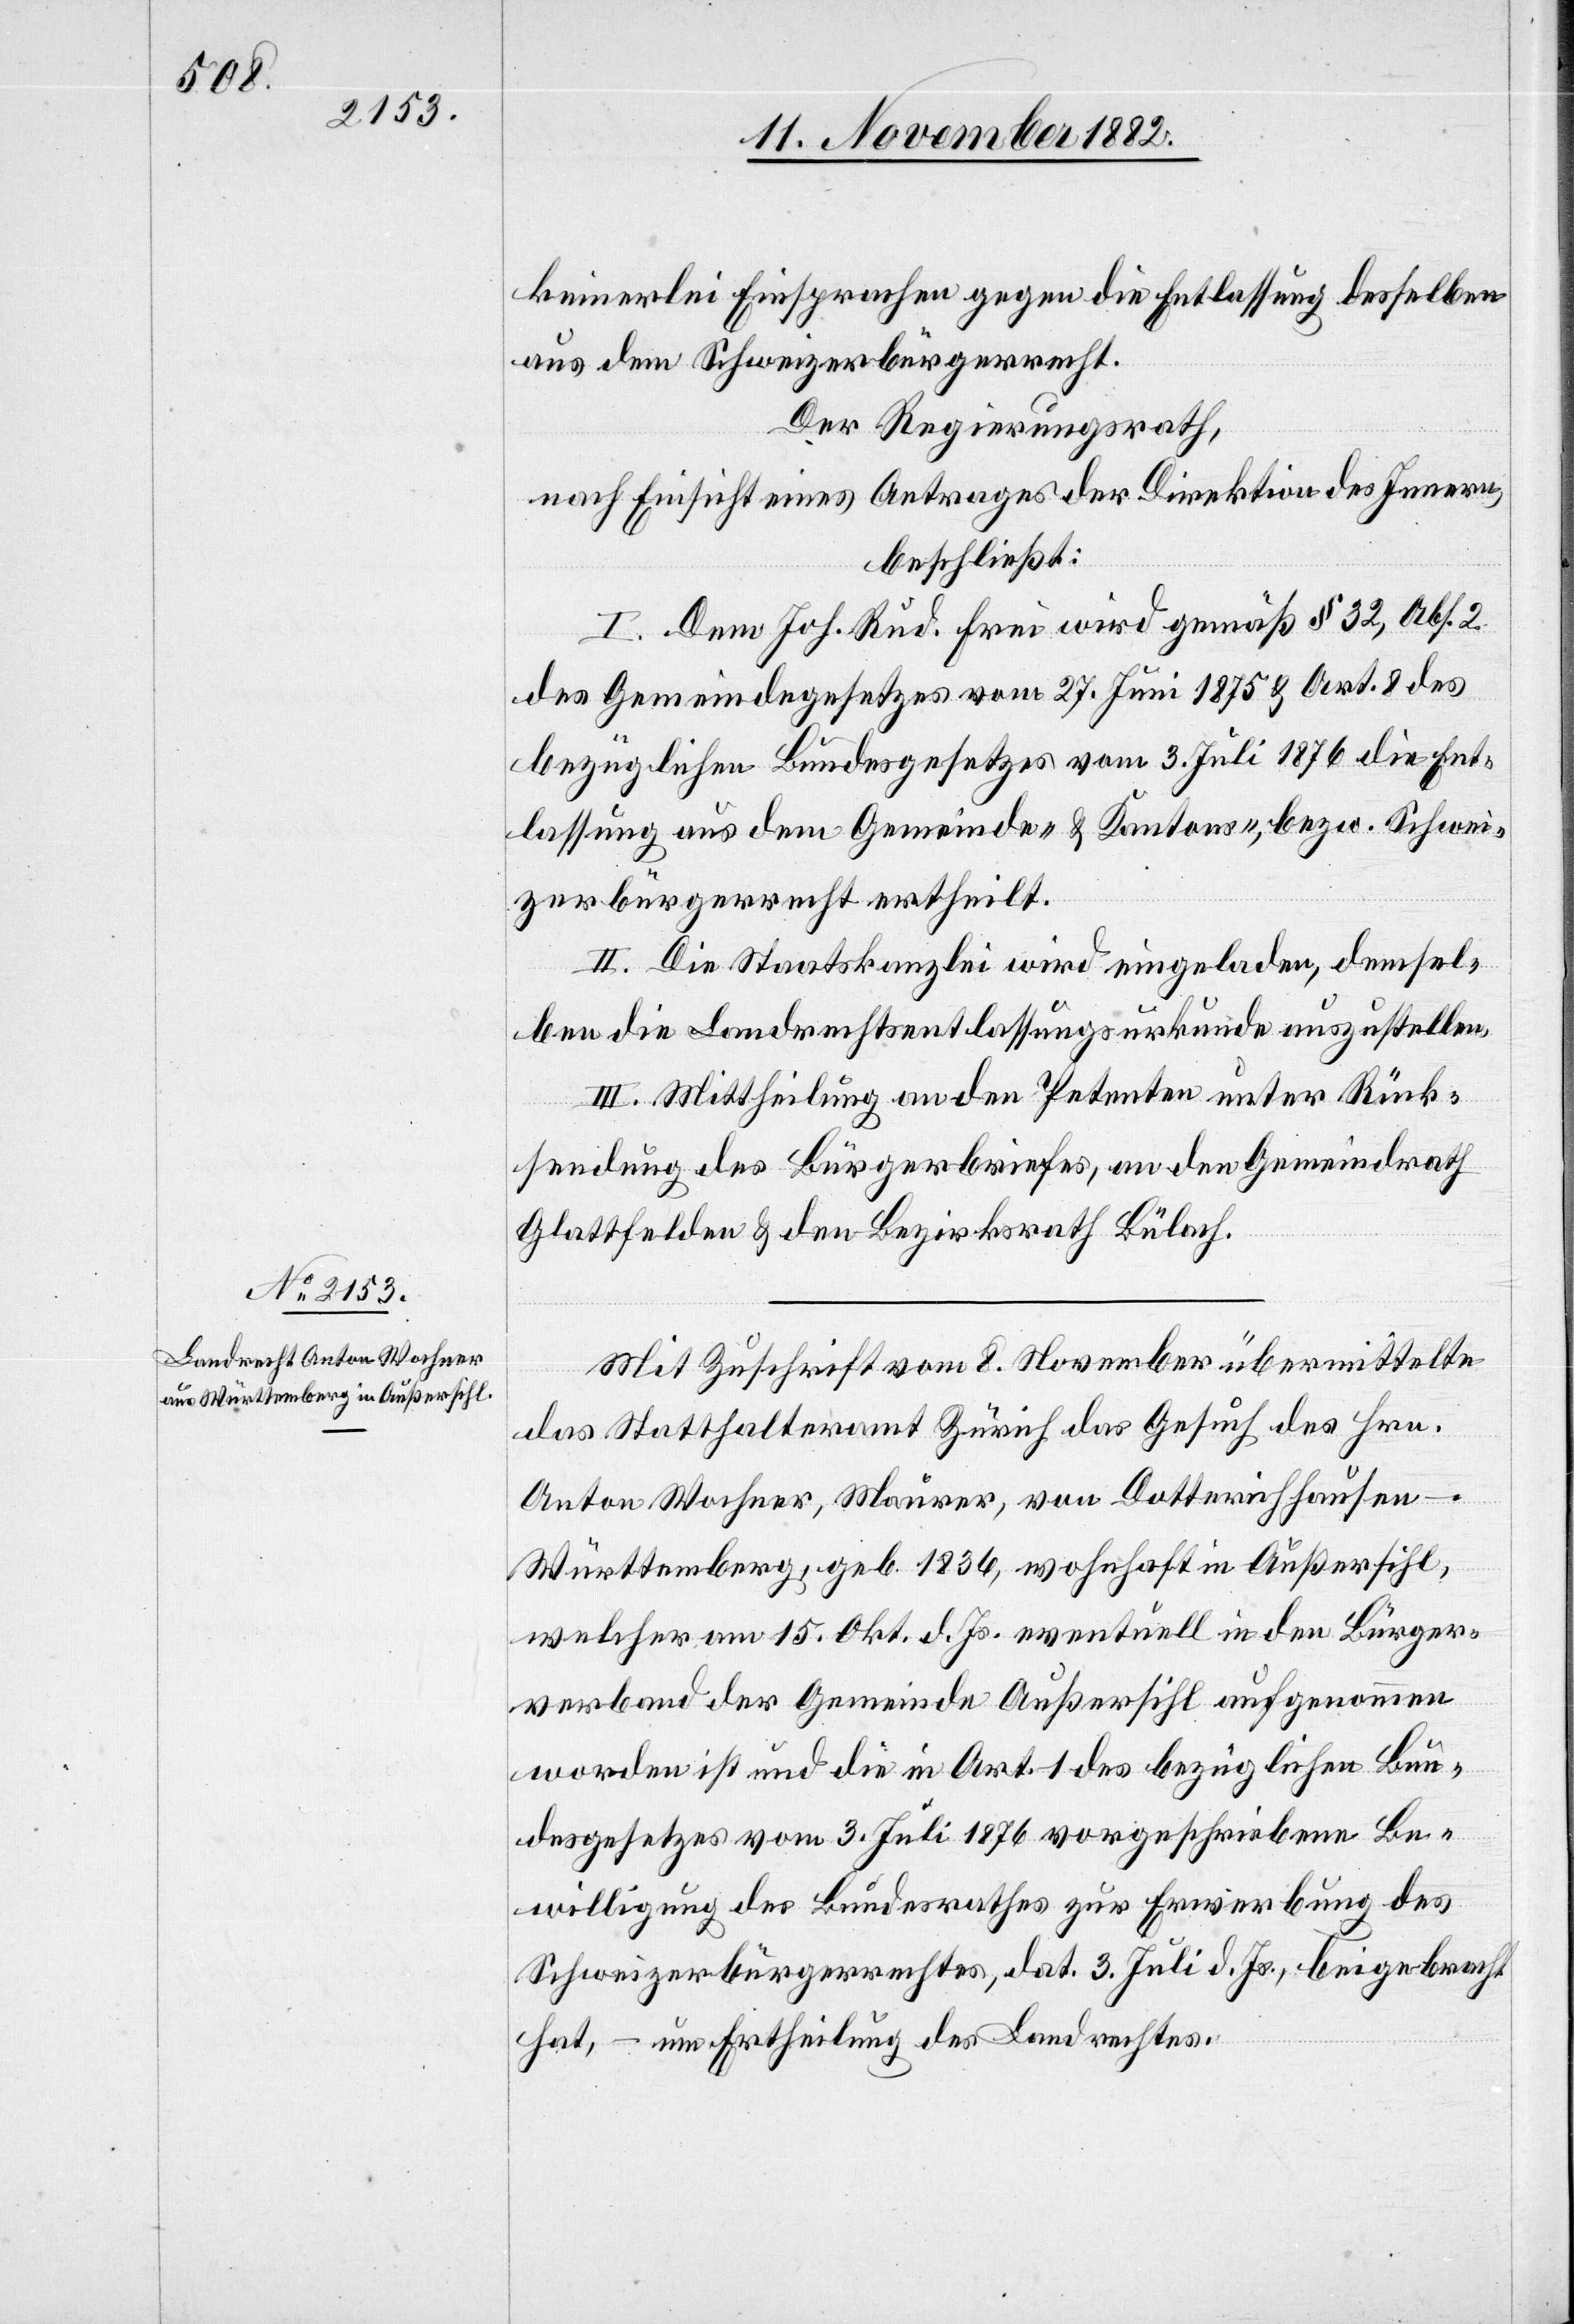
keinerlei Einsprachen gegen die Entlassung desselben
aus dem Schweizerbürgerrecht.
Der Regierungsrath,
nach Einsicht eines Antrages der Direktion des Innern,
beschließt:
I. Dem Joh. Rud. Frei wird gemäß § 32, Abs. 2
des Gemeindegesetzes vom 27. Juni 1875 & Art. 8 des
bezüglichen Bundesgesetzes vom 3. Juli 1876 die Ent¬
lassung aus dem Gemeinde- & Kantons-, bezw. Schwei¬
zerbürgerrecht ertheilt.
II. Die Staatskanzlei wird eingeladen, demsel¬
ben die Landrechtsentlassungsurkunde auszustellen.
III. Mittheilung an den Petenten unter Rück¬
sendung des Bürgerbriefes, an den Gemeindrath
Glattfelden & den Bezirksrath Bülach.
Mit Zuschrift vom 8. November übermittelte
das Statthalteramt Zürich das Gesuch des Hrn.
Anton Wochner, Maurer, von Dotterichhausen
Württemberg, geb. 1836, wohnhaft in Außersihl,
welcher am 15. Okt. d. Js. eventuell in den Bürger¬
verband der Gemeinde Außersihl aufgenommen
worden ist und die in Art. 1 des bezüglichen Bun¬
desgesetzes vom 3. Juli 1876 vorgeschriebene Be¬
willigung des Bundesrathes zur Erwerbung des
Schweizerbürgerrechtes, dat 3. Juli d. Js., beigebracht
hat, – um Ertheilung des Landrechtes.